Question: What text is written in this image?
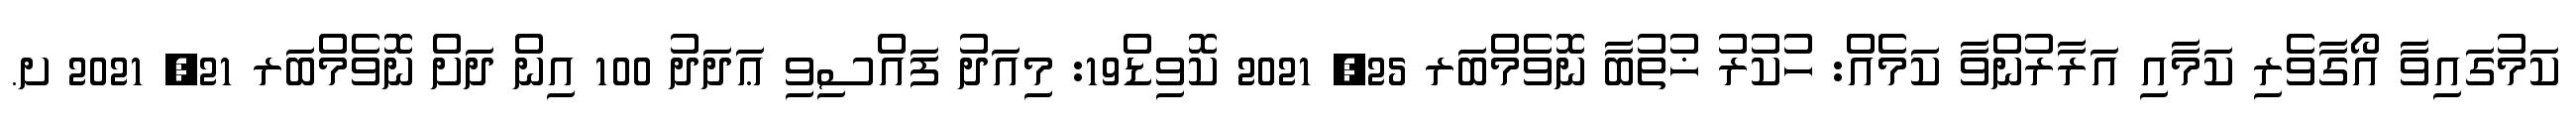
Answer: ކަމުގައިވާ އޯގާވެރި ކަމާއި އަރާރުންވާ ކަމެއް: ހުކުރު ޚުތުބާ ނޮވެމްބަރ 25, 2021 ކޮވިޑް19: މިއަދު ފައްސިވި ޢަދަދު 100 އިން ދަށް ނޮވެމްބަރ 21, 2021 ށ.